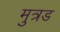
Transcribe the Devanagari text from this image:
मुत्रड